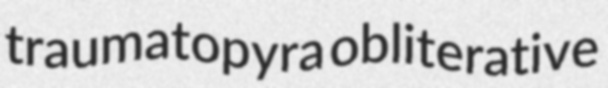
traumatopyra obliterative